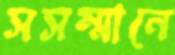
সসম্মানে